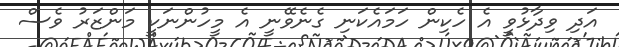
އަދި ވިދާޅުވީ އެ ހެކިން ހަމައެކަނި ގެނެވޭނީ އެ މީހުންނަކީ މަންޒަރު ވެސް